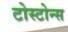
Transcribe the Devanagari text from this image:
टोस्टोन्स